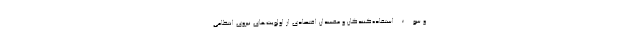
و سوء‌استفاده‌کنندگان و مفسدان اقتصادی از اولویت‌های نیروی انتظامی